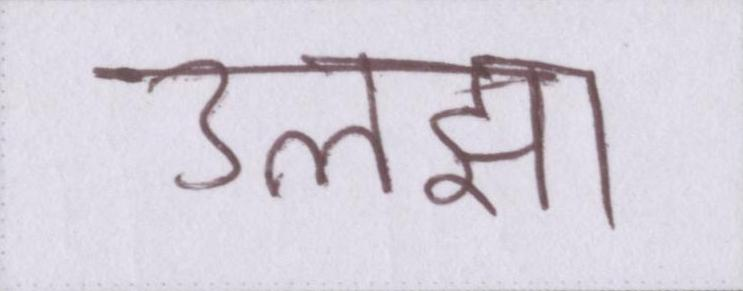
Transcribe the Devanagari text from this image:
उलझा